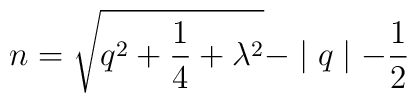
n=\sqrt{q^2+\frac 14+\lambda ^2}-\mid q\mid -\frac 12